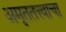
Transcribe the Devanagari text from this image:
अमृततत्त्वाचा